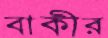
বাকীর